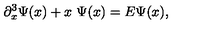
\partial _ { x } ^ { 3 } \Psi ( x ) + x \ \Psi ( x ) = E \Psi ( x ) ,